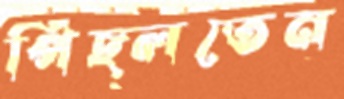
পিছ্‌লতেন